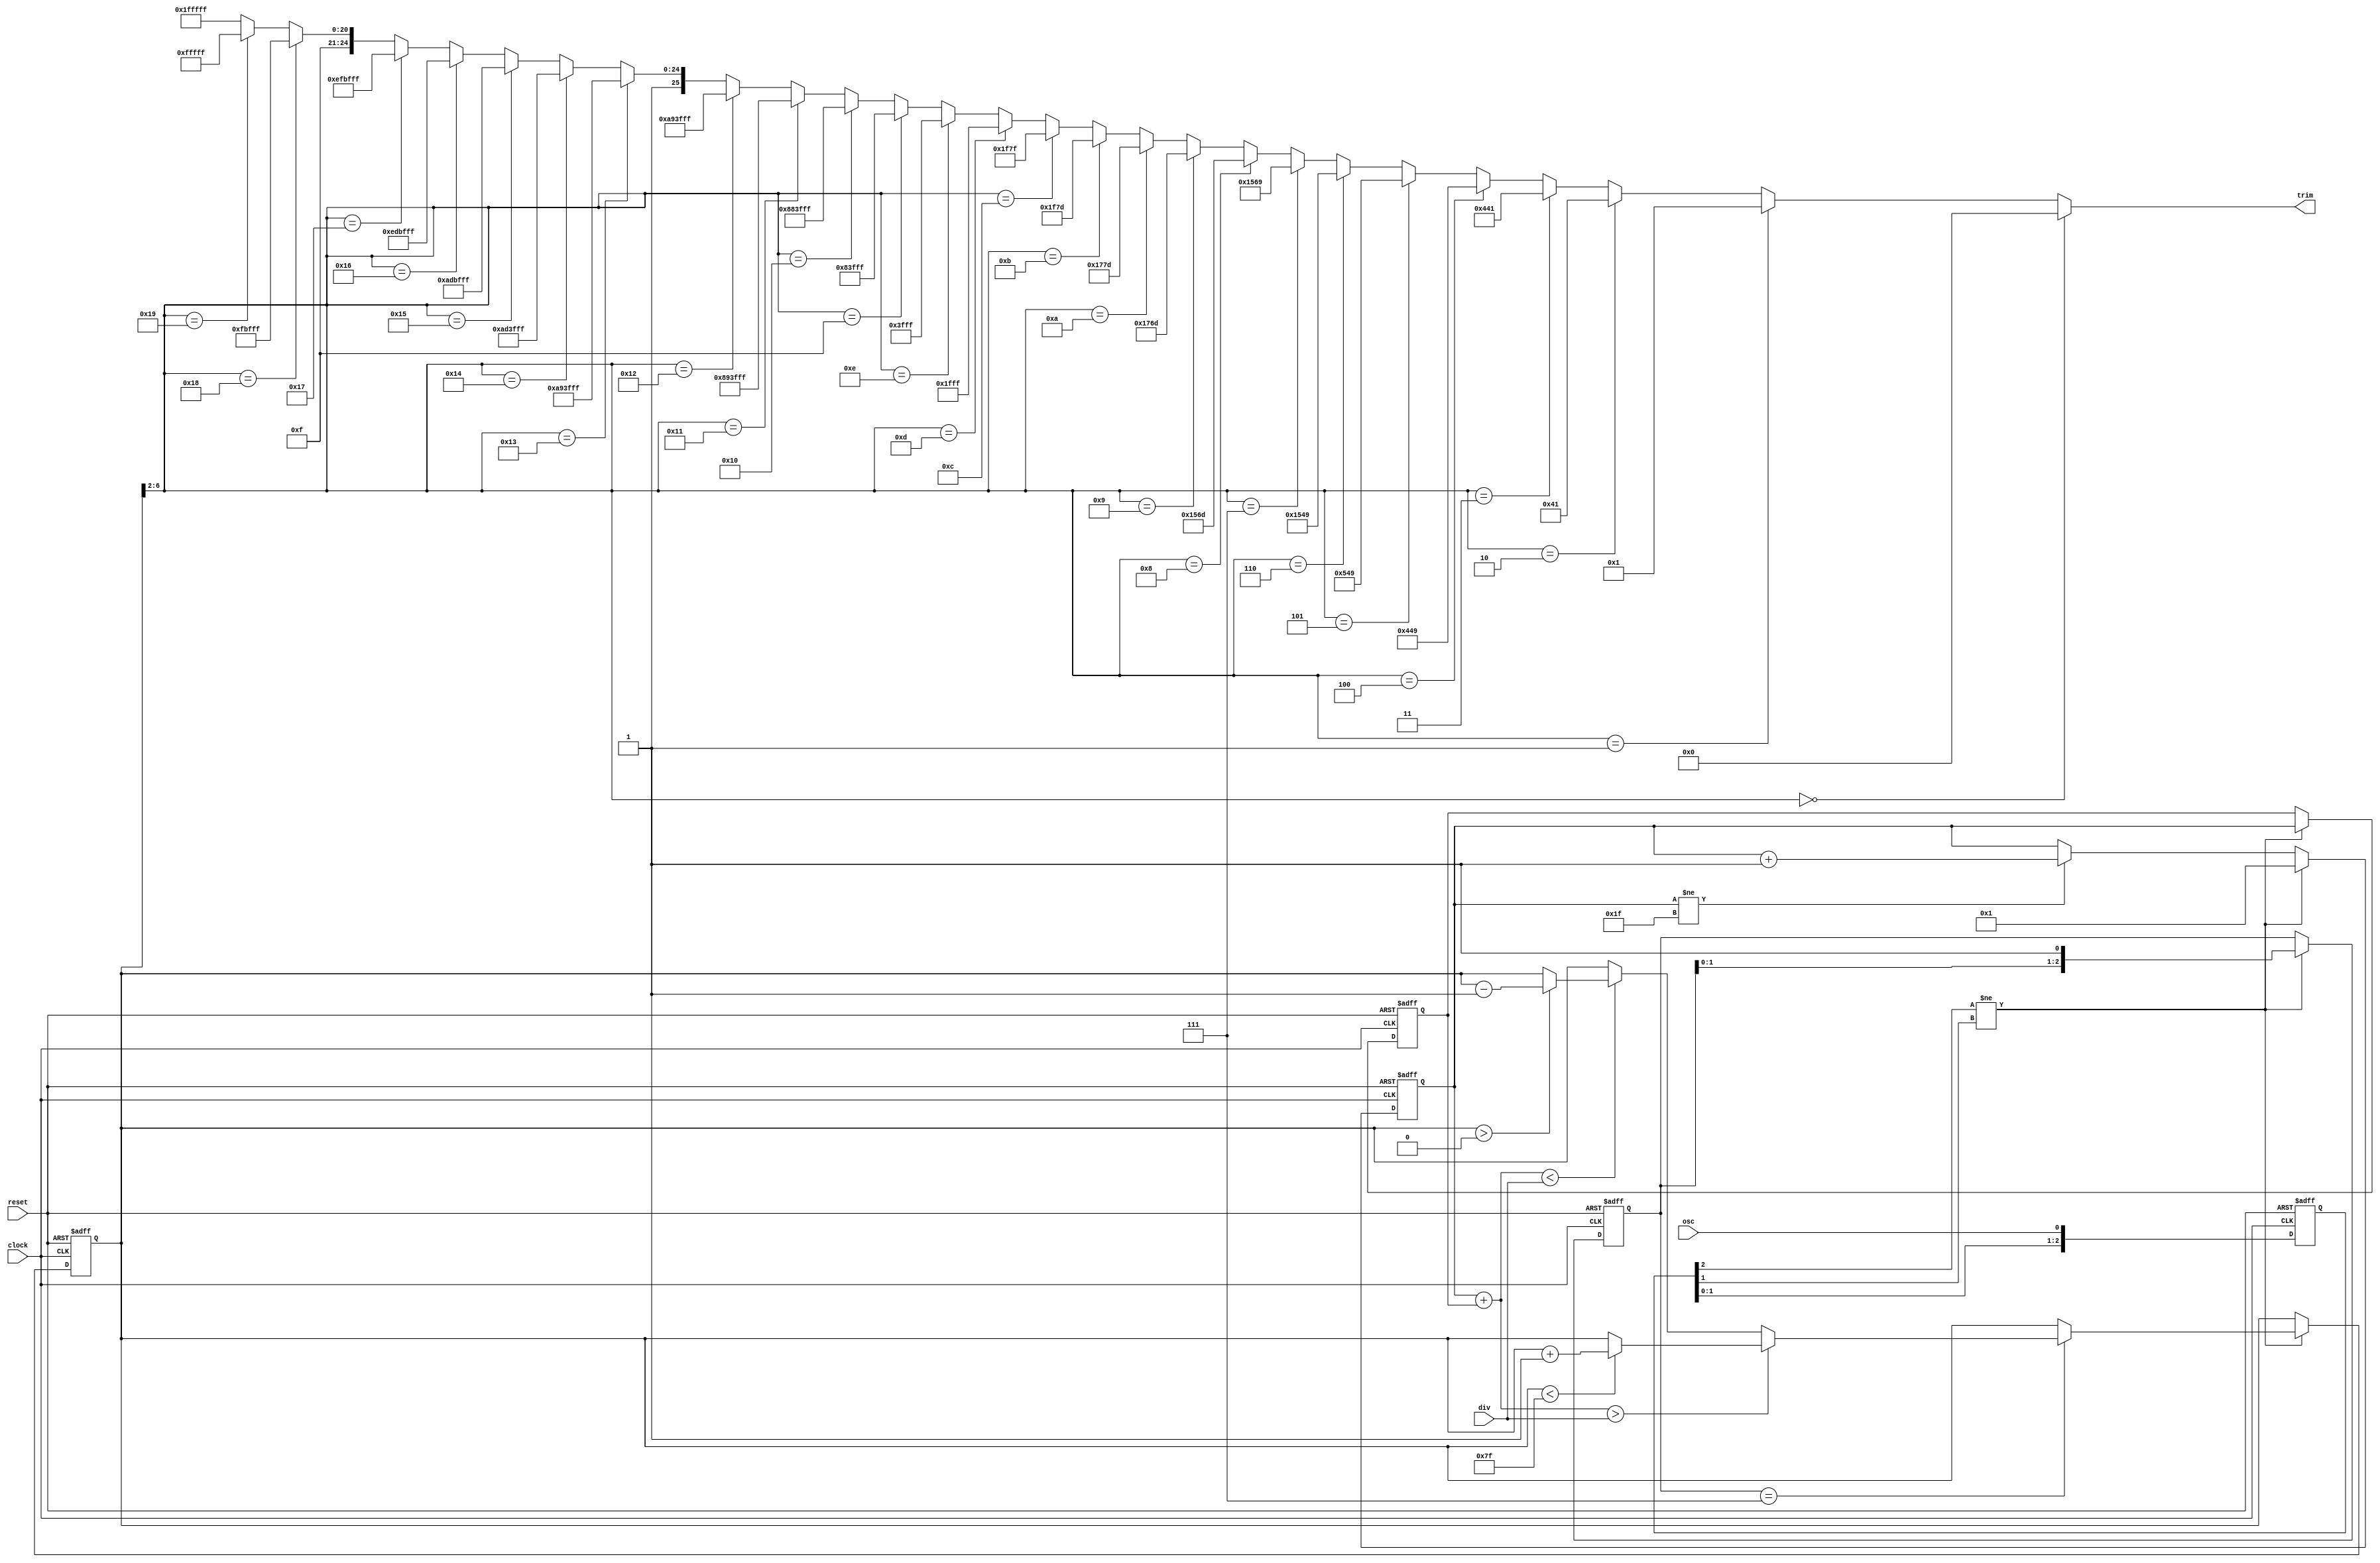
`default_nettype none
// (True) digital PLL
//
// Output goes to a trimmable ring oscillator (see documentation).
// Ring oscillator should be trimmable to above and below maximum
// ranges of the input.
//
// Input "osc" comes from a fixed clock source (e.g., crystal oscillator
// output).
//
// Input "div" is the target number of clock cycles per oscillator cycle.
// e.g., if div == 8 then this is an 8X PLL.
//
// Clock "clock" is the PLL output being trimmed.
// (NOTE:  To be done:  Pass-through enable)
//
// Algorithm:
//
// 1) Trim is done by thermometer code.  Reset to the highest value
//    in case the fastest rate clock is too fast for the logic.
//
// 2) Count the number of contiguous 1s and 0s in "osc"
//    periods of the master clock.  If the count maxes out, it does
//    not roll over.
//
// 3) Add the two counts together.
//
// 4) If the sum is less than div, then the clock is too slow, so
//    decrease the trim code.  If the sum is greater than div, the
//    clock is too fast, so increase the trim code.  If the sum
//    is equal to div, the the trim code does not change.
//

module digital_pll_controller(reset, clock, osc, div, trim);
    input reset;
    input clock;
    input osc;
    input [4:0] div;
    output [25:0] trim;		// Use ring_osc2x13, with 26 trim bits

    wire [25:0] trim;
    reg [2:0] oscbuf;
    reg [2:0] prep;

    reg [4:0] count0;
    reg [4:0] count1;
    reg [6:0] tval;	// Includes 2 bits fractional
    wire [4:0] tint;	// Integer part of the above

    wire [5:0] sum;

    assign sum = count0 + count1;
 
    // Integer to thermometer code (maybe there's an algorithmic way?)
    assign tint = tval[6:2];
                                     // |<--second-->|<-- first-->|
    assign trim = (tint == 5'd0)  ? 26'b0000000000000_0000000000000 :
          (tint == 5'd1)  ? 26'b0000000000000_0000000000001 :
          (tint == 5'd2)  ? 26'b0000000000000_0000001000001 :
          (tint == 5'd3)  ? 26'b0000000000000_0010001000001 :
          (tint == 5'd4)  ? 26'b0000000000000_0010001001001 :
          (tint == 5'd5)  ? 26'b0000000000000_0010101001001 :
          (tint == 5'd6)  ? 26'b0000000000000_1010101001001 :
          (tint == 5'd7)  ? 26'b0000000000000_1010101101001 :
          (tint == 5'd8)  ? 26'b0000000000000_1010101101101 :
          (tint == 5'd9)  ? 26'b0000000000000_1011101101101 :
          (tint == 5'd10) ? 26'b0000000000000_1011101111101 :
          (tint == 5'd11) ? 26'b0000000000000_1111101111101 :
          (tint == 5'd12) ? 26'b0000000000000_1111101111111 :
          (tint == 5'd13) ? 26'b0000000000000_1111111111111 :
          (tint == 5'd14) ? 26'b0000000000001_1111111111111 :
          (tint == 5'd15) ? 26'b0000001000001_1111111111111 :
          (tint == 5'd16) ? 26'b0010001000001_1111111111111 :
          (tint == 5'd17) ? 26'b0010001001001_1111111111111 :
          (tint == 5'd18) ? 26'b0010101001001_1111111111111 :
          (tint == 5'd19) ? 26'b1010101001001_1111111111111 :
          (tint == 5'd20) ? 26'b1010101101001_1111111111111 :
          (tint == 5'd21) ? 26'b1010101101101_1111111111111 :
          (tint == 5'd22) ? 26'b1011101101101_1111111111111 :
          (tint == 5'd23) ? 26'b1011101111101_1111111111111 :
          (tint == 5'd24) ? 26'b1111101111101_1111111111111 :
          (tint == 5'd25) ? 26'b1111101111111_1111111111111 :
                    26'b1111111111111_1111111111111;
   
    always @(posedge clock or posedge reset) begin
    if (reset == 1'b1) begin
        tval <= 7'd0;	// Note:  trim[0] must be zero for startup to work.
        oscbuf <= 3'd0;
        prep <= 3'd0;
        count0 <= 5'd0;
        count1 <= 5'd0;

    end else begin
        oscbuf <= {oscbuf[1:0], osc};

        if (oscbuf[2] != oscbuf[1]) begin
        count1 <= count0;
        count0 <= 5'b00001;
        prep <= {prep[1:0], 1'b1};

        if (prep == 3'b111) begin
            if (sum > div) begin
		if (tval < 127) begin
            	    tval <= tval + 1;
		end
            end else if (sum < div) begin
		if (tval > 0) begin
            	    tval <= tval - 1;
		end
            end
        end
        end else begin
        if (count0 != 5'b11111) begin
                count0 <= count0 + 1;
        end
        end
    end
    end

endmodule	// digital_pll_controller
`default_nettype wire